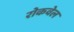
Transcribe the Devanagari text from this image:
रोकवेल